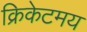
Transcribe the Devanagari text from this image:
क्रिकेटमय